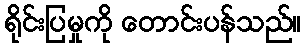
ရိုင်းပြမှုကို တောင်းပန်သည်။